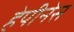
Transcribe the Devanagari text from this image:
हेपीनेस